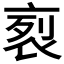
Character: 𧙩